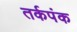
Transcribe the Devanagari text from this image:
तर्कपंक